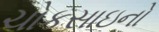
ચોકસાઇનો